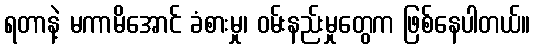
ရတာနဲ့ မကာမိအောင် ခံစားမှု၊ ဝမ်းနည်းမှုတွေက ဖြစ်နေပါတယ်။